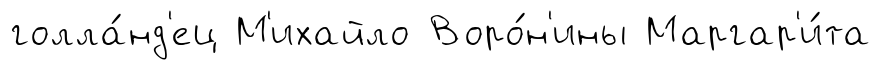
голла́нд'ец М'ихайло Воро́н'ины Маргар'и́та